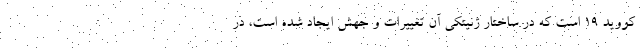
کووید ۱۹ است که در ساختار ژنیتکی آن تغییرات و جهش ایجاد شده است، در